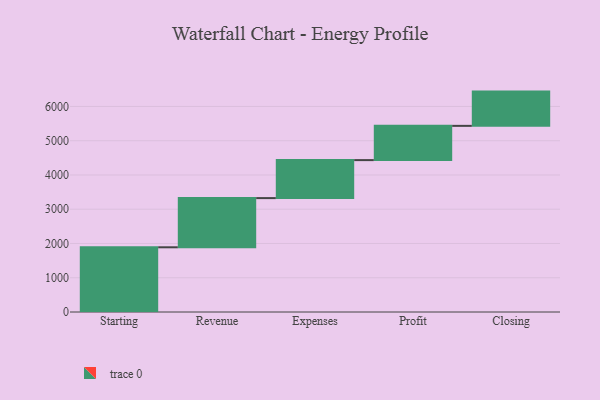
{"axis": {"x": "Step", "y": "Value"}, "legend": [""], "data": [{"x": "Starting", "y": 1889.0, "type": ""}, {"x": "Revenue", "y": 1436.0, "type": ""}, {"x": "Expenses", "y": 1109.0, "type": ""}, {"x": "Profit", "y": 1000, "type": ""}, {"x": "Closing", "y": 1000, "type": ""}]}